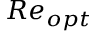
R e _ { o p t }